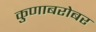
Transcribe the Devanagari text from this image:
कुणाबरोबर